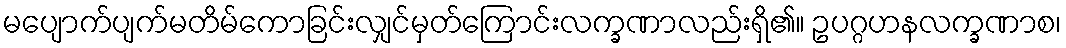
မပျောက်ပျက်မတိမ်ကောခြင်းလျှင်မှတ်ကြောင်းလက္ခဏာလည်းရှိ၏။ ဥပဂ္ဂဟနလက္ခဏာစ၊